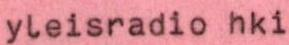
yleisradio hki